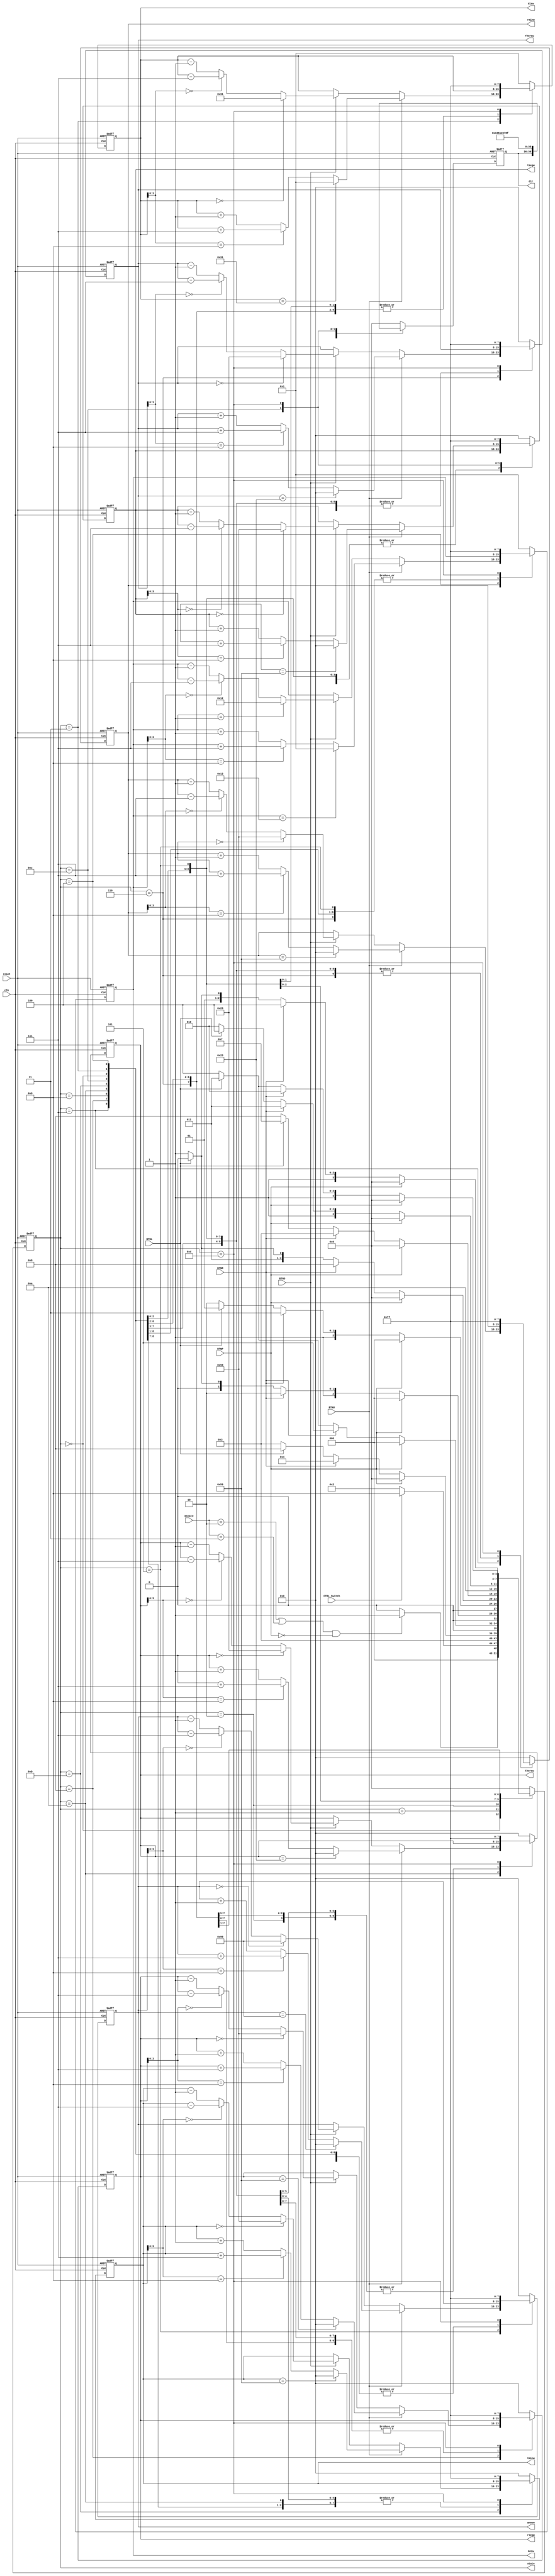
`timescale 1ns / 1ps
//////////////////////////////////////////////////////////////////////////////////
// Company: 
// Engineer: 
// 
// Design Name: 
// Module Name:    ControlUsuario 
// Project Name: 
// Target Devices: 
// Tool versions: 
// Description: 
//
// Dependencies: 
//
// Revision: 
// Revision 0.01 - File Created
// Additional Comments: 
//
//////////////////////////////////////////////////////////////////////////////////
module ControlUsuario (
	input clk, reset, BTNP, BTNR, BTNL, BTNU, BTND, CTRL_Switch, //Declarion de  entradas y salidas
	input [1:0] mstate,
	output reg [3:0] state, dir , // variables de estado
	output reg [7:0] diaw, mesw, annow, rhoraw, rminw, rsegw, thoraw, tminw, tsegw
	) ;

reg [3:0] next_state;
parameter [3:0] P0 = 4'b0000; //Hold State
parameter [3:0] RoT = 4'b0001; //Decision Timer o Reloj
parameter [3:0] Rrst = 4'b0010; //Reset reloj
parameter [3:0] Rdia = 4'b0011; //Programar da reloj
parameter [3:0] Rmes = 4'b0100; //Programar mes reloj
parameter [3:0] Ranno = 4'b0101; //Programar ao reloj
parameter [3:0] Rhora = 4'b0110; //Programar hora reloj
parameter [3:0] Rmin = 4'b0111; //Programar minutos reloj
parameter [3:0] Rseg = 4'b1000; //Programar segundos reloj
parameter [3:0] Trst = 4'b1001; //Reseteo timer
parameter [3:0] Thora = 4'b1010; //Programar hora crono
parameter [3:0] Tmin = 4'b1011; //Programar minutos crono
parameter [3:0] Tseg = 4'b1100; //Programar segundos crono
parameter [3:0] A = 4'b1101;

	always @* begin //Lgica de siguiente estado
		case(state)
			P0: next_state = (((mstate == 2'b10) || (mstate == 2'b11)) && (BTNP == 1'b0)) ? RoT:P0; //O tambien pueden ser las mismas senales de transicion de la Master
			RoT: next_state = CTRL_Switch ? Trst: Rrst;
			Rrst: next_state = Rdia;
			Rdia: if (BTNP)
						next_state = P0;
					else if (BTNR)
						next_state = Rmes;
					else if (BTNL)
						next_state = Rseg;
					else
						next_state = Rdia;
			Rmes: if (BTNP)
						next_state = P0;
					else if (BTNR)
						next_state = Ranno;
					else if (BTNL)
						next_state = Rdia;
					else
						next_state = Rmes;
			Ranno: if (BTNP)
						next_state = P0;
					else if (BTNR)
						next_state = Rhora;
					else if (BTNL)
						next_state = Rmes;
					else
						next_state = Ranno;
			Rhora: if (BTNP)
						next_state = P0;
					else if (BTNR)
						next_state = Rmin;
					else if (BTNL)
						next_state = Ranno;
					else
						next_state = Rhora;
			Rmin: if (BTNP)
						next_state = P0;
					else if (BTNR)
						next_state = Rseg;
					else if (BTNL)
						next_state = Rhora;
					else
						next_state = Rmin;
			Rseg: if (BTNP)
						next_state = P0;
					else if (BTNR)
						next_state = Rdia;
					else if (BTNL)
						next_state = Rmin;
					else
						next_state = Rseg;
			Trst: next_state = Thora;
			Thora: if (BTNP)
						next_state = P0;
					else if (BTNR)
						next_state = Tmin;
					else if (BTNL)
						next_state = Tseg;
					else
						next_state = Thora;
			Tmin: if (BTNP)
						next_state = P0;
					else if (BTNR)
						next_state = Tseg;
					else if (BTNL)
						next_state = Thora;
					else
						next_state = Tmin;
			Tseg: if (BTNP)
						next_state = P0;
					else if (BTNR)
						next_state = Thora;
					else if (BTNL)
						next_state = Tmin;
					else
						next_state = Tseg;
			default: next_state = P0;
		endcase
	end

	//Control de Usuarios por botones
	always @(posedge clk, posedge reset)
		if (reset)
			{diaw, mesw, annow, rhoraw, rminw, rsegw, thoraw, tminw, tsegw, dir} = {8'h0,8'h0,8'h0,8'h0,8'h0,8'h0,8'h0,8'h0,8'h0,4'h0} ;
		else begin
		{diaw, mesw, annow, rhoraw, rminw, rsegw, thoraw, tminw, tsegw, dir} = {diaw, mesw, annow, rhoraw, rminw, rsegw, thoraw, tminw, tsegw, dir} ;
		case(state)
		   P0:{diaw, mesw, annow, rhoraw, rminw, rsegw, thoraw, tminw, tsegw, dir} = {diaw, mesw, annow, rhoraw, rminw, rsegw, thoraw, tminw, tsegw, dir} ;
			Rrst: {diaw, mesw, annow, rhoraw, rminw, rsegw, dir} = {8'h1, 8'h1, 8'h0, 8'h0, 8'h0, 8'h0, 4'h0 } ;
			Rdia: begin
					dir = 4'h3;
					if (BTNU)
						if (diaw == 8'h31)
							diaw = 8'h1;
						else if (diaw[3:0] == 4'h9)
							diaw = diaw + 8'h7;
						else
							diaw = diaw + 8'h1;
					else
						if (BTND)
							if (diaw == 8'h0)
								diaw = 8'h31;
							else if (diaw[3:0] == 4'h0)
								diaw = diaw - 8'h7;
							else
							diaw = diaw - 8'h1;
					end
			Rmes: begin
					dir = 4'h4;
					if (BTNU)
						if (mesw == 8'h12)
							mesw = 8'h1;
						else if (mesw[3:0] == 4'h9)
							mesw = mesw + 8'h7;
						else
							mesw = mesw + 8'h1;
					else if (BTND)
						if (mesw == 8'h1)
							mesw = 8'h12;
						else if (mesw[3:0] == 4'h0)
							mesw = mesw - 8'h7;
						else
							mesw = mesw - 8'h1;
					end
			Ranno: begin
					dir = 4'h5;
					if (BTNU)
						if (annow == 8'h99)
							annow = 8'h0;
						else if (annow[3:0] == 4'h9)
							annow = annow + 8'h7;
						else
							annow = annow + 8'h1;
					else if (BTND)
						if (annow == 8'h0)
							annow = 8'h99;
						else if (annow[3:0] == 4'h0)
							annow = annow - 8'h7;
						else
							annow = annow - 8'h1;
					end
			Rhora:begin
					dir = 4'h0;
					if (BTNU)
						if (rhoraw == 8'h23)
							rhoraw = 8'h0;
						else if (rhoraw[3:0] == 4'h9)
							rhoraw = rhoraw + 8'h7;
						else
							rhoraw = rhoraw + 8'h1;
					else if (BTND)
						if (rhoraw == 8'h0)
							rhoraw = 8'h23;
						else if (rhoraw[3:0] == 4'h0)
							rhoraw = rhoraw - 8'h7;
						else
							rhoraw = rhoraw - 8'h1;
					end
			Rmin: begin
					dir = 4'h1;
					if (BTNU)
						if (rminw == 8'h59)
							rminw = 8'h0;
						else if (rminw[3:0] == 4'h9)
							rminw = rminw + 8'h7;
						else
							rminw = rminw + 8'h1;
					else if (BTND)
						if (rminw == 8'h0)
							rminw = 8'h59;
						else if (rminw[3:0] == 4'h0)
							rminw = rminw - 8'h7;
						else
							rminw = rminw - 8'h1;
					end
			Rseg: begin
					dir = 4'h2;
					if (BTNU)
						if (rsegw == 8'h59)
							rsegw= 8'h0;
						else if (rsegw[3:0] == 4'h9)
							rsegw = rsegw + 8'h7;
						else
							rsegw = rsegw + 8'h1;
					else if (BTND)
						if (rsegw == 8'h0)
							rsegw = 8'h59;
						else if (rsegw[3:0] == 4'h0)
							rsegw = rsegw - 8'h7;
						else
							rsegw = rsegw - 8'h1;
					end
			Trst: {thoraw, tminw, tsegw, dir} = {8'b0, 8'b0, 8'b0, 4'h0} ;
			Thora: begin
					dir = 4'h6;
					if (BTNU)
						if (thoraw == 8'h23)
							thoraw = 8'h0;
						else if (thoraw[3:0] == 4'h9)
							thoraw = thoraw + 8'h7;
						else
							thoraw = thoraw + 8'h1;
					else if (BTND)
						if (thoraw == 8'h0)
							thoraw = 8'h23;
						else if (thoraw[3:0] == 4'h0)
							thoraw = thoraw - 8'h7;
						else
							thoraw = thoraw - 8'h1;
					end
			Tmin: begin
					dir = 4'h7;
					if (BTNU)
						if (tminw == 8'h59)
							tminw = 8'h0;
						else if (tminw[3:0] == 4'h9)
							tminw = tminw + 8'h7;
						else
							tminw = tminw + 8'h1;
					else if (BTND)
						if (tminw == 8'h0)
							tminw = 8'h59;
						else if (tminw[3:0] == 4'h0)
							tminw = tminw - 8'h7;
						else
							tminw = tminw - 8'h1;
					end
			Tseg: begin
					dir = 4'h8;
					if (BTNU)
						if (tsegw == 8'h59)
							tsegw= 8'h0;
						else if (tsegw[3:0] == 4'h9)
							tsegw = tsegw + 8'h7;
						else
							tsegw = tsegw + 8'h1;
					else if (BTND)
						if (tsegw == 8'h0)
							tsegw = 8'h59;
						else if (tsegw[3:0] == 4'h0)
							tsegw = tsegw - 8'h7;
						else
							tsegw = tsegw - 8'h1;
					end
			A: {diaw, mesw, annow, rhoraw, rminw, rsegw, thoraw, tminw, tsegw,dir} = {8'hff, 8'hff, 8'hff, 8'hff, 8'hff, 8'hff, 8'hff, 8'hff, 8'hff , 4'hf} ;
			default: {diaw, mesw, annow, rhoraw, rminw, rsegw, thoraw, tminw, tsegw, dir} = {8'h1, 8'h1, 8'h0, 8'h0, 8'h0, 8'h0, 8'h0, 8'h0, 8'h0, 4'h0 } ; //Evita warning de Latch
		endcase
	end

	always @(posedge clk, posedge reset)
		begin
			if (reset)
				state <= P0;
			else
				state <= next_state;
		end

endmodule